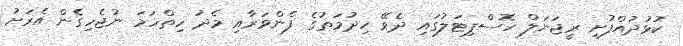
ކުޅުދުއްފުށި ރީޖަނަލް ހޮސްޕިޓަލުގައި ދެވޭ ހިދުމަތުގެ ފެންވަރާއި މެދު ހިތްހަމަ ނުޖެހިގެން އެރަށު